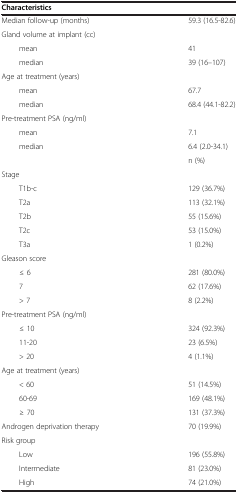
<table><thead><tr><td><b>Characteristics</b></td><td><b> </b></td></tr></thead><tbody><tr><td>Median follow-up (months)</td><td>59.3 (16.5-82.6)</td></tr><tr><td>Gland volume at implant (cc)</td><td> </td></tr><tr><td>mean</td><td>41</td></tr><tr><td>median</td><td>39 (16–107)</td></tr><tr><td>Age at treatment (years)</td><td> </td></tr><tr><td>mean</td><td>67.7</td></tr><tr><td>median</td><td>68.4 (44.1-82.2)</td></tr><tr><td>Pre-treatment PSA (ng/ml)</td><td> </td></tr><tr><td>mean</td><td>7.1</td></tr><tr><td>median</td><td>6.4 (2.0-34.1)</td></tr><tr><td> </td><td>n (%)</td></tr><tr><td>Stage</td><td> </td></tr><tr><td>T1b-c</td><td>129 (36.7%)</td></tr><tr><td>T2a</td><td>113 (32.1%)</td></tr><tr><td>T2b</td><td>55 (15.6%)</td></tr><tr><td>T2c</td><td>53 (15.0%)</td></tr><tr><td>T3a</td><td>1 (0.2%)</td></tr><tr><td>Gleason score</td><td> </td></tr><tr><td>≤ 6</td><td>281 (80.0%)</td></tr><tr><td>7</td><td>62 (17.6%)</td></tr><tr><td>&gt; 7</td><td>8 (2.2%)</td></tr><tr><td>Pre-treatment PSA (ng/ml)</td><td> </td></tr><tr><td>≤ 10</td><td>324 (92.3%)</td></tr><tr><td>11-20</td><td>23 (6.5%)</td></tr><tr><td>&gt; 20</td><td>4 (1.1%)</td></tr><tr><td>Age at treatment (years)</td><td> </td></tr><tr><td>&lt; 60</td><td>51 (14.5%)</td></tr><tr><td>60-69</td><td>169 (48.1%)</td></tr><tr><td>≥ 70</td><td>131 (37.3%)</td></tr><tr><td>Androgen deprivation therapy</td><td>70 (19.9%)</td></tr><tr><td>Risk group</td><td> </td></tr><tr><td>Low</td><td>196 (55.8%)</td></tr><tr><td>Intermediate</td><td>81 (23.0%)</td></tr><tr><td>High</td><td>74 (21.0%)</td></tr></tbody></table>